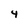
Character: 4